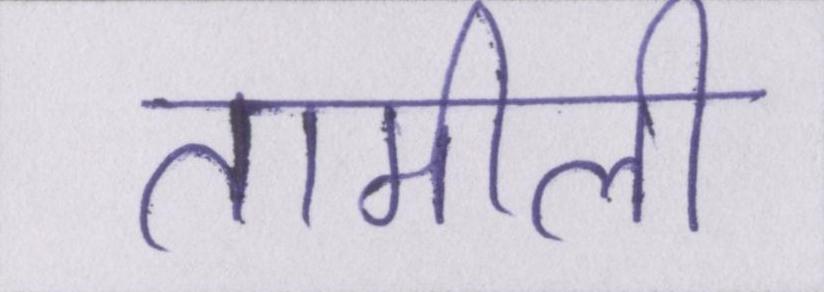
तामीली